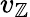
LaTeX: v_{\mathbb{Z}}